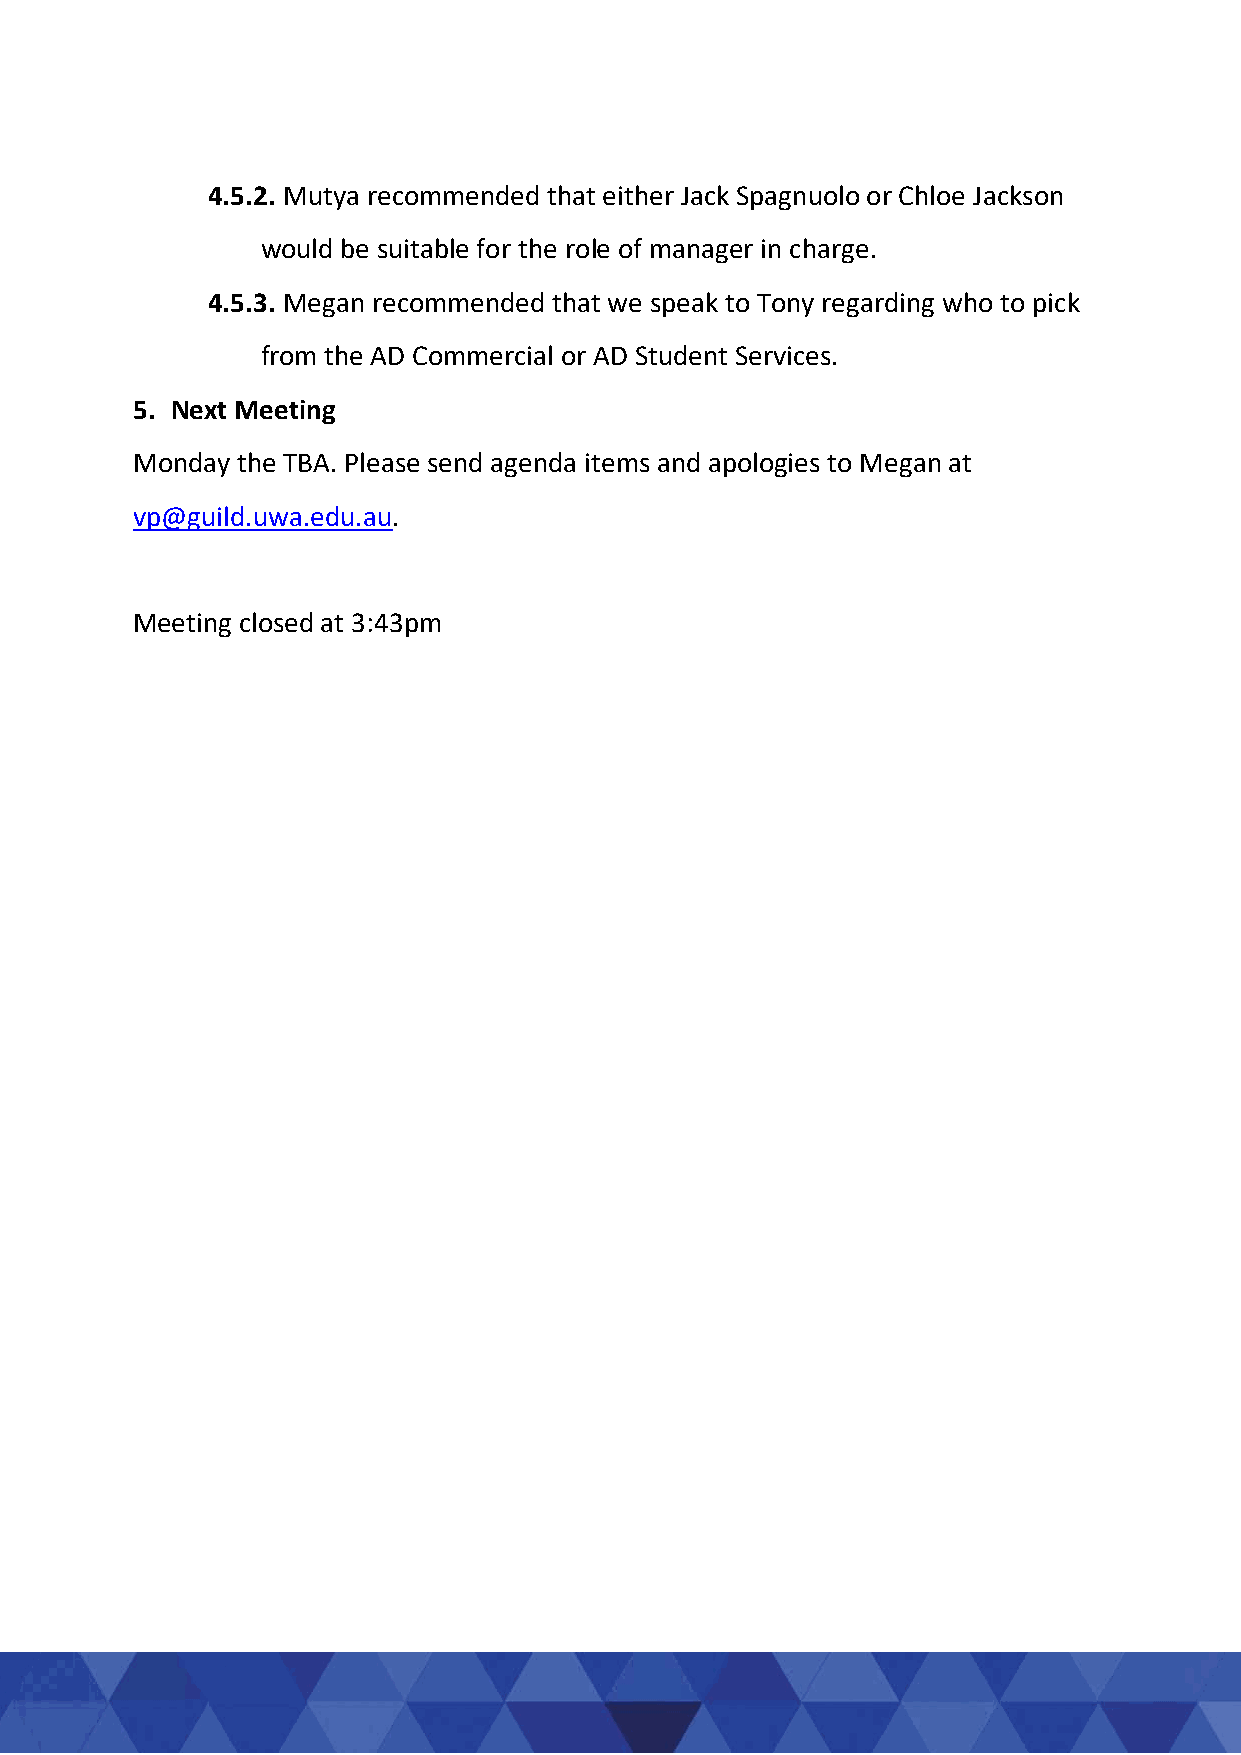
4.5.2. Mutya recommended that either Jack Spagnuolo or Chloe Jackson
 would be suitable for the role of manager in charge.
 4.5.3. Megan recommended that we speak to Tony regarding who to pick
 from the AD Commercial or AD Student Services.
 5. Next Meeting
 Monday the TBA. Please send agenda items and apologies to Megan at
 vp@guild.uwa.edu.au.
 Meeting closed at 3:43pm